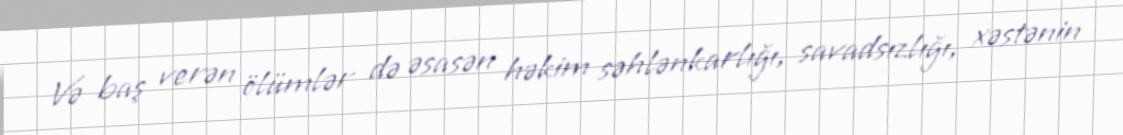
Və baş verən ölümlər də əsasən həkim səhlənkarlığı, savadsızlığı, xəstənin